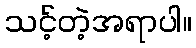
သင့်တဲ့အရာပါ။